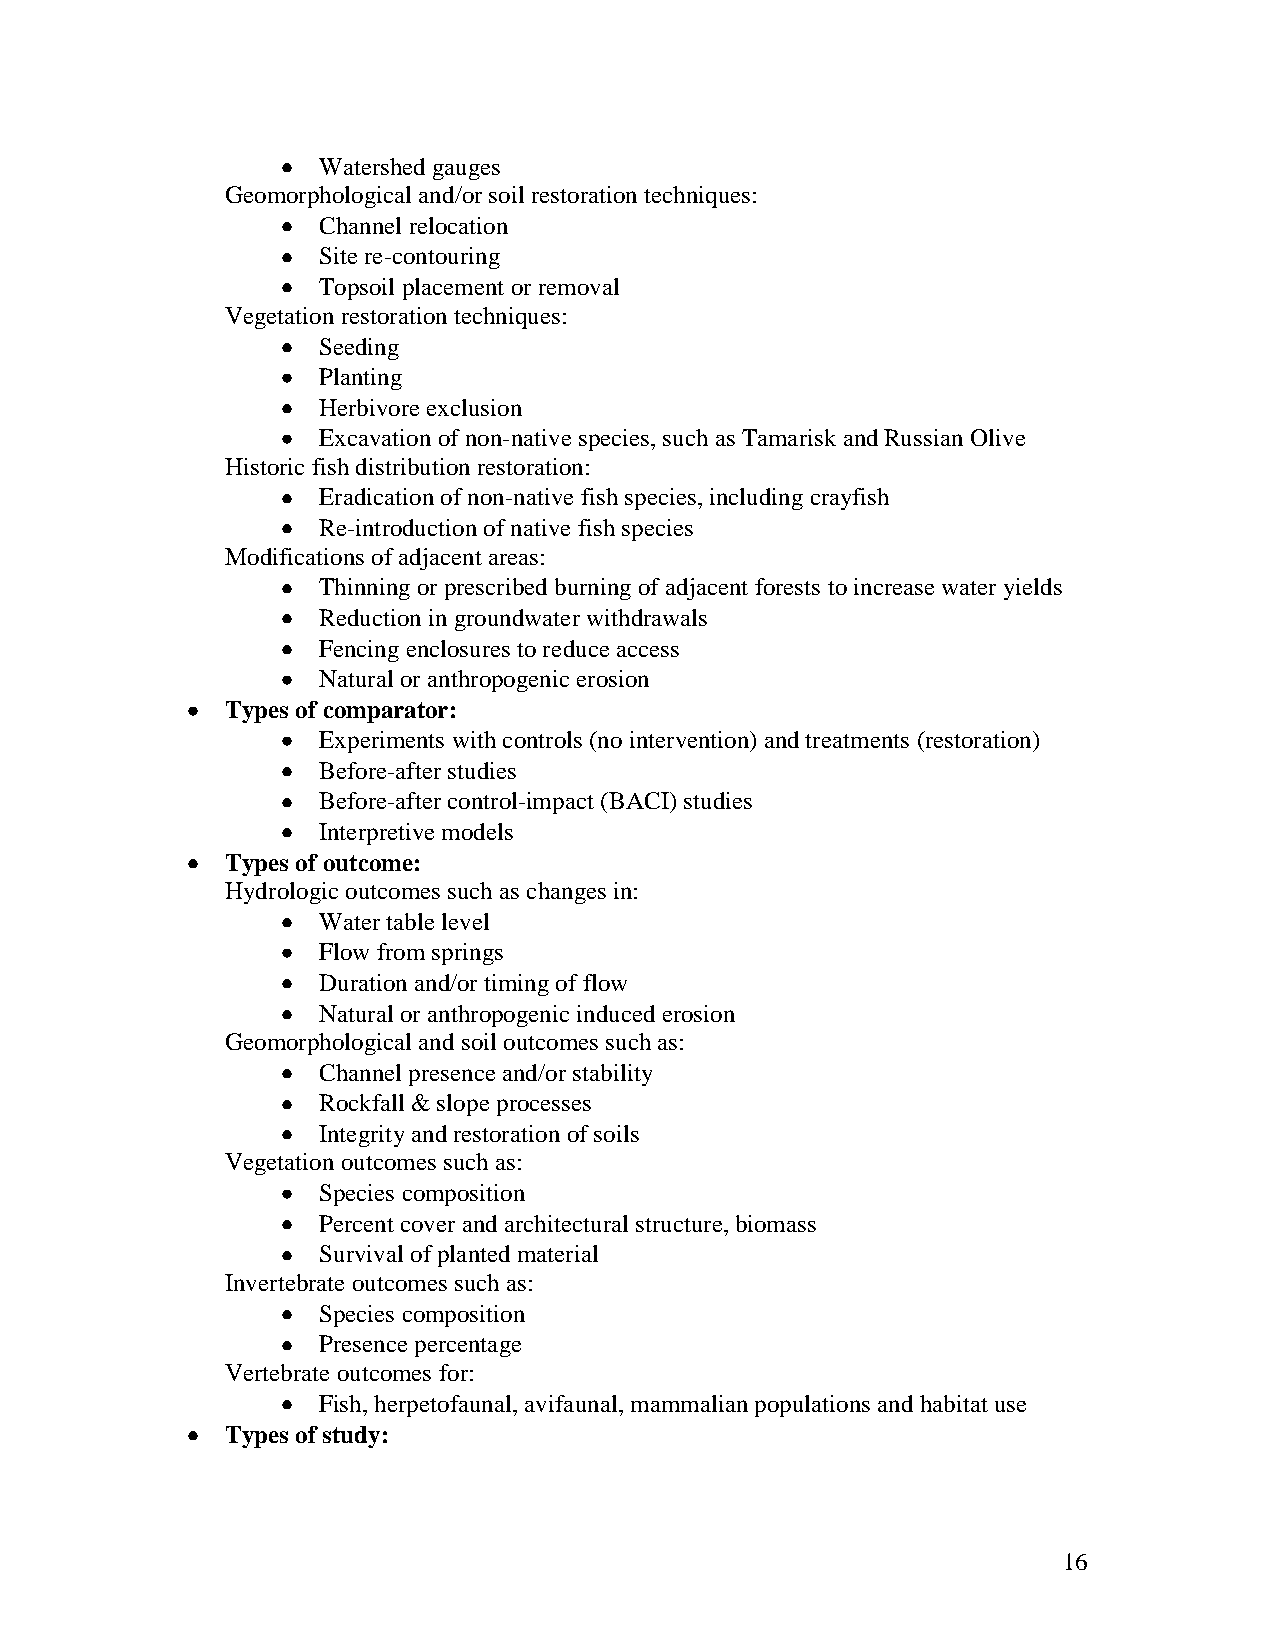
Watershed gauges
 Geomorphological and/or soil restoration techniques:
 Channel relocation
 Site re-contouring
 Topsoil placement or removal
 Vegetation restoration techniques:
 Seeding
 Planting
 Herbivore exclusion
 Excavation of non-native species, such as Tamarisk and Russian Olive
 Historic fish distribution restoration:
 Eradication of non-native fish species, including crayfish
 Re-introduction of native fish species
 Modifications of adjacent areas:
 Thinning or prescribed burning of adjacent forests to increase water yields
 Reduction in groundwater withdrawals
 Fencing enclosures to reduce access
 Natural or anthropogenic erosion
 Types of comparator:
 Experiments with controls (no intervention) and treatments (restoration)
 Before-after studies
 Before-after control-impact (BACI) studies
 Interpretive models
 Types of outcome:
 Hydrologic outcomes such as changes in:
 Water table level
 Flow from springs
 Duration and/or timing of flow
 Natural or anthropogenic induced erosion
 Geomorphological and soil outcomes such as:
 Channel presence and/or stability
 Rockfall & slope processes
 Integrity and restoration of soils
 Vegetation outcomes such as:
 Species composition
 Percent cover and architectural structure, biomass
 Survival of planted material
 Invertebrate outcomes such as:
 Species composition
 Presence percentage
 Vertebrate outcomes for:
 Fish, herpetofaunal, avifaunal, mammalian populations and habitat use
 Types of study:
 16